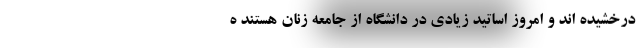
درخشیده اند و امروز اساتید زیادی در دانشگاه از جامعه زنان هستند ه